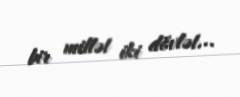
bir millət iki dövlət...